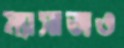
ম্যাসাজও